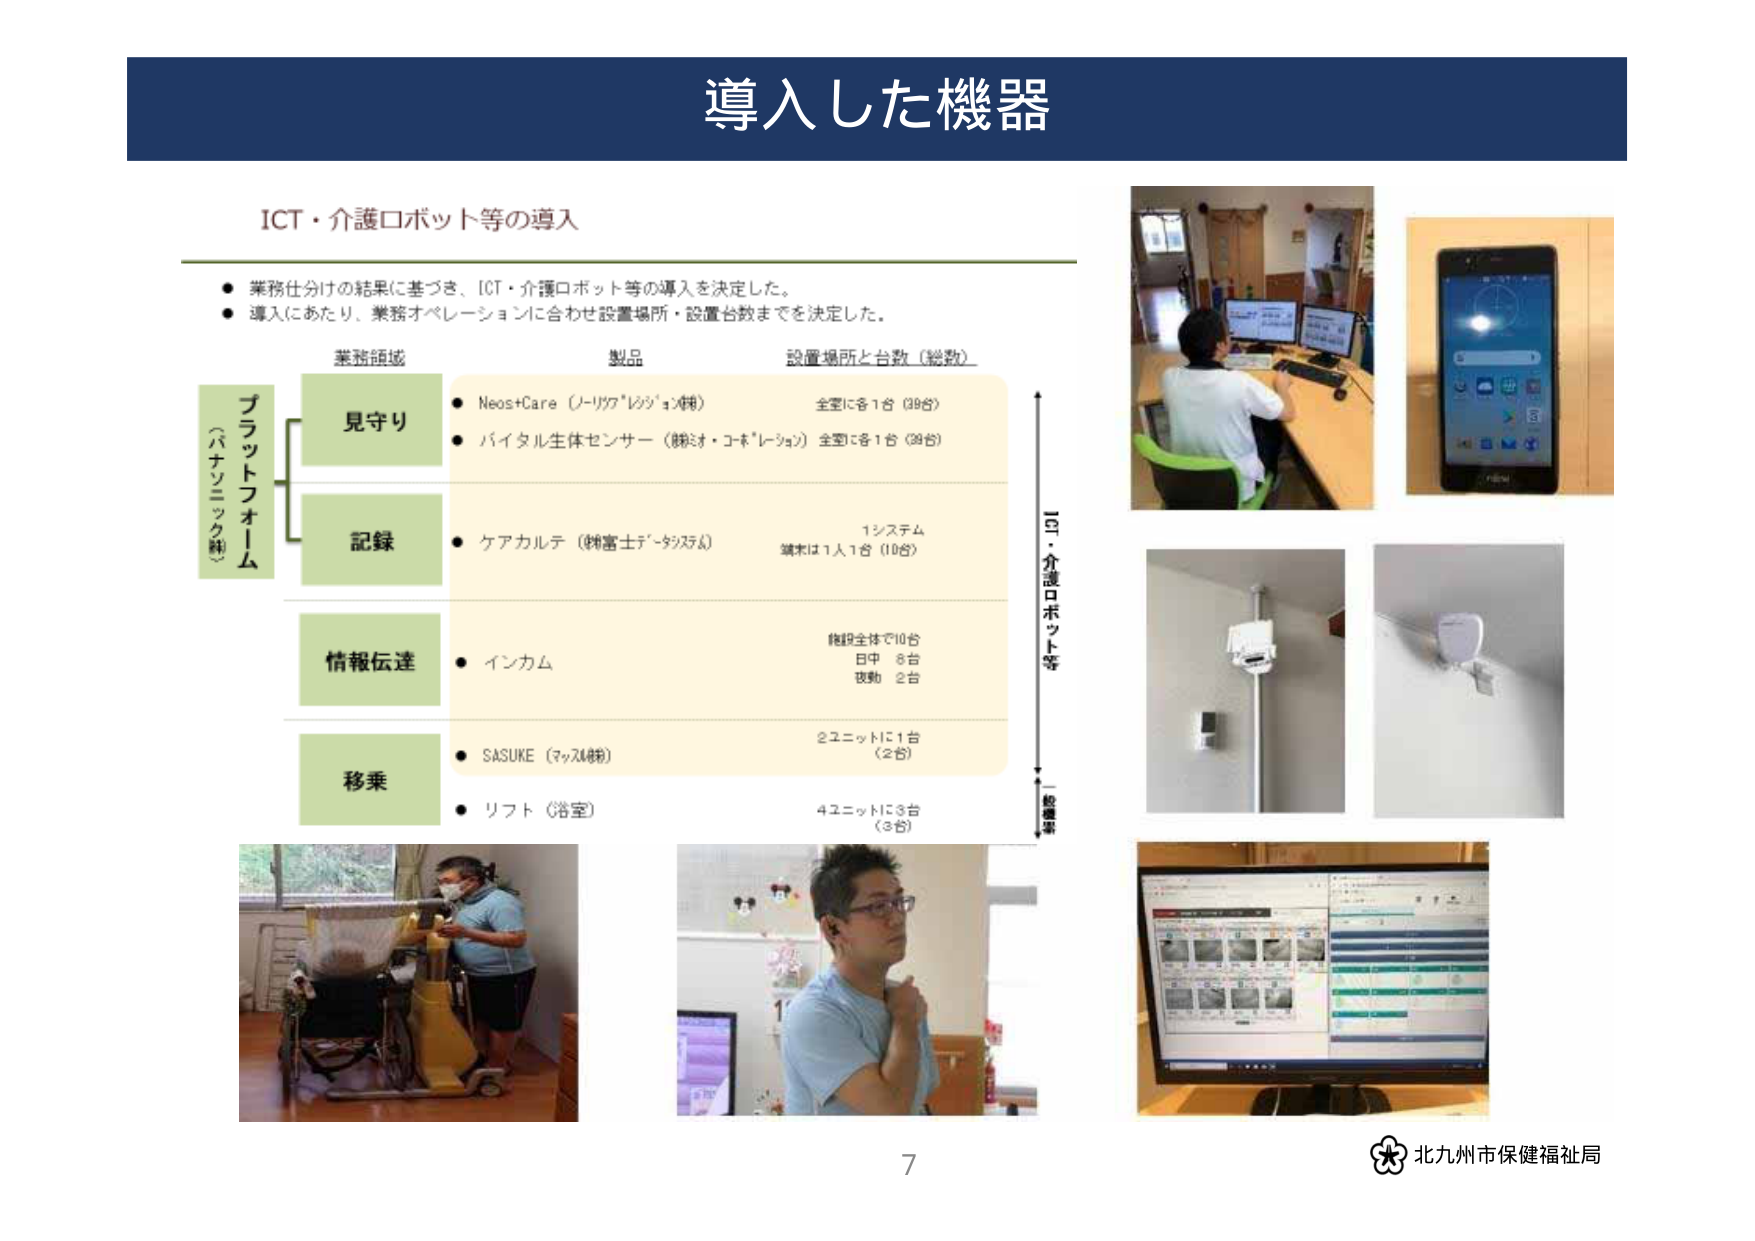
導入した機器

ICT・介護ロボット等の導入

● 業務仕分けの結果に基づき、ICT・介護ロボット等の導入を決定した。
● 導入にあたり、業務オペレーションに合わせ設置場所・設置台数までを決定した。

業務領域　　　　　　　製品　　　　　　　　　設置場所と台数（総数）

プラットフォーム
（パナソニック㈱）

見守り
● Neos+Care（ノーリクア・レッジ・㈱）
　　全室に各1台（39台）
● バイタル生体センサー（㈱トオ・コネクション）
　　全室に各1台（39台）

記録
● ケアカルテ（㈱富士テクノシステム）
　　1システム
　　端末は1人1台（10台）

情報伝達
● インカム
　　施設全体で10台
　　日中　8台
　　夜勤　2台

移乗
● SASUKE（マクス㈱）
　　2ユニットに1台
　　（2台）
● リフト（浴室）
　　4ユニットに3台
　　（3台）

ICT・介護ロボット等
一般機器

北九州市保健福祉局

7